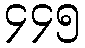
၄၄၅